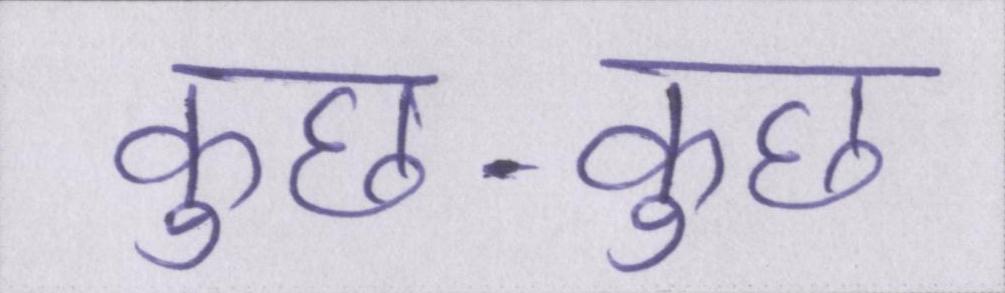
कुछ-कुछ